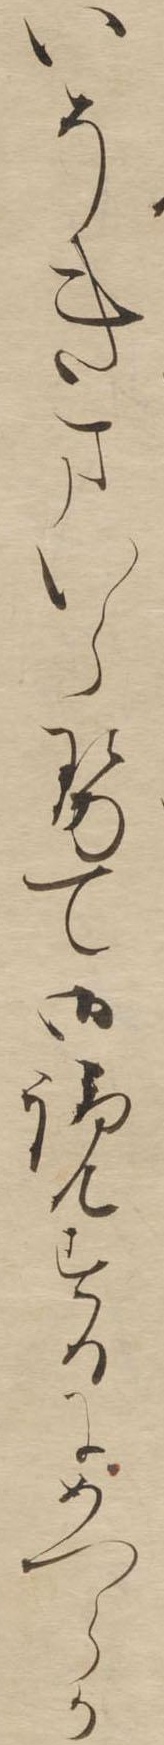
いそきまいらせて御覧するにめつらか